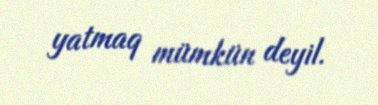
yatmaq mümkün deyil.